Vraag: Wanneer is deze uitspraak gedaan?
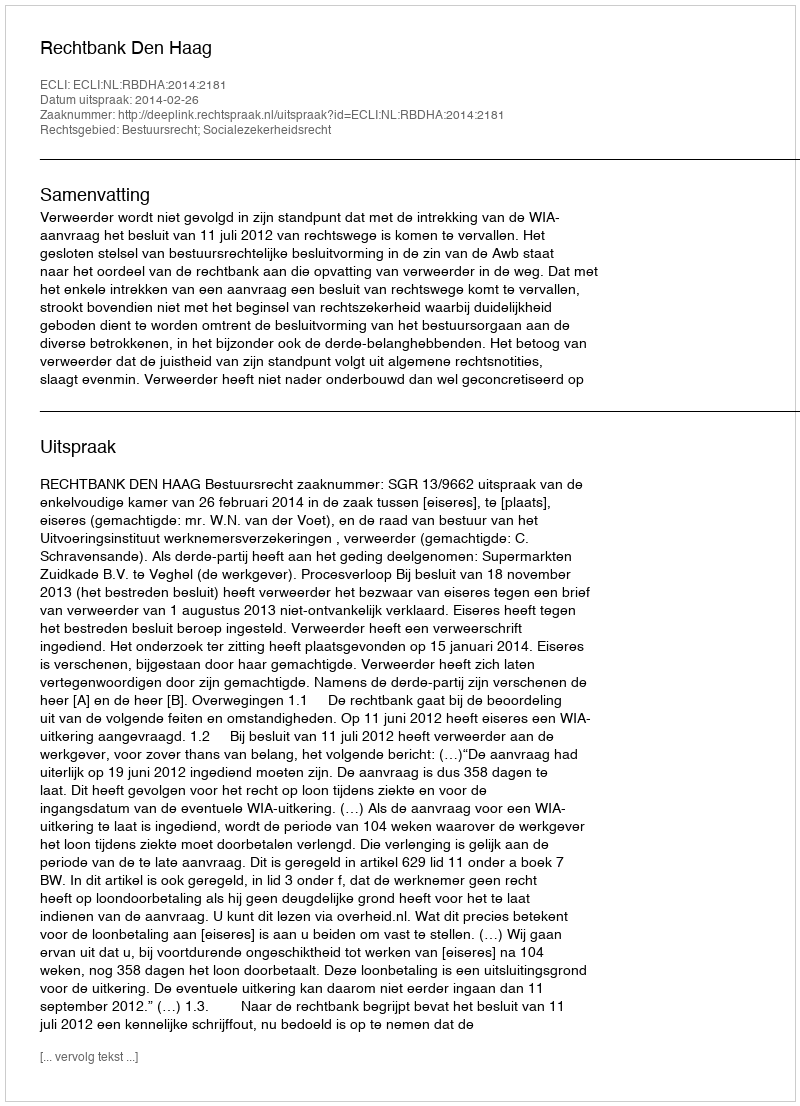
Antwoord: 2014-02-26